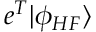
e ^ { T } | \phi _ { H F } \rangle